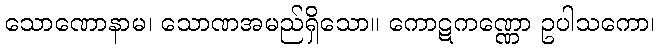
သောဏောနာမ၊ သောဏအမည်ရှိသော။ ကောဋကဏ္ဏော ဥပါသကော၊